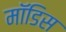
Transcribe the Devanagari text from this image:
मॉडिस